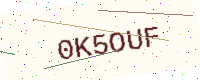
Text: 0K5OUF